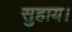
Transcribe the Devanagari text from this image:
सुहाय।